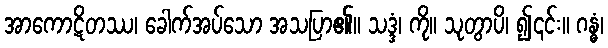
အာကောဋိတဿ၊ ခေါက်အပ်သော အသပြာ၏။ သဒ္ဒံ၊ ကို။ သုတွာပိ၊ ၍၎င်း။ ဂန္ဓံ၊